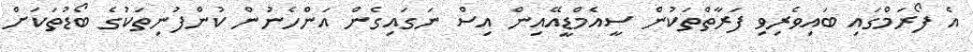
އެ ފޯރަމްގައި ބައިވެރިވި ފަރާތްތަކުން ސީއެމްޑީއޭއިން އިސް ނަގައިގެން އަންހެނުން ކުންފުނިތަކުގެ ބޯޑުތަކަށް